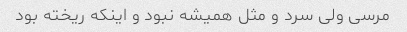
مرسی ولی سرد و مثل همیشه نبود و اینکه ریخته بود